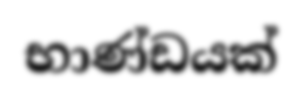
භාණ්ඩයක්